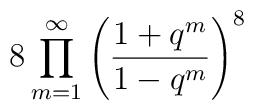
8 \prod_{m=1}^{\infty}\left(                  \frac{1+q^m}{1-q^m}                                      \right)^8